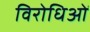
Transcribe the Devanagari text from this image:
विरोधिओं